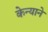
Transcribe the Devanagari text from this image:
केन्याने